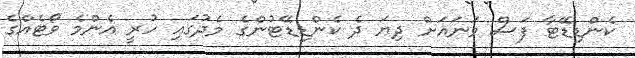
ކެންޑިޑޭޓާ ފަސް ވަނައަށް ދިޔަ ދެ ކެންޑިޑޭޓުންގެ މެދުގައި ހުރީ އެންމެ ވޯޓެއްގެ